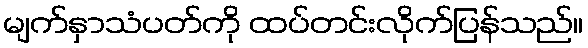
မျက်နှာသံပတ်ကို ထပ်တင်းလိုက်ပြန်သည်။